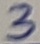
Text: 3